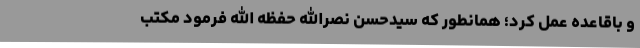
و باقاعده عمل کرد؛ همانطور که سیدحسن نصرالله حفظه الله فرمود مکتب